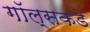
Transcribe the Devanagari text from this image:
गॉल्सकडे